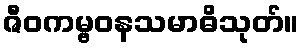
ဇီဝကမ္ဗဝနသမာဓိသုတ်။